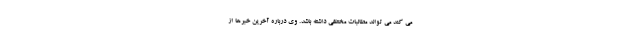
می کند می تواند مطالبات مختلفی داشته باشد. وی درباره آخرین خبرها از